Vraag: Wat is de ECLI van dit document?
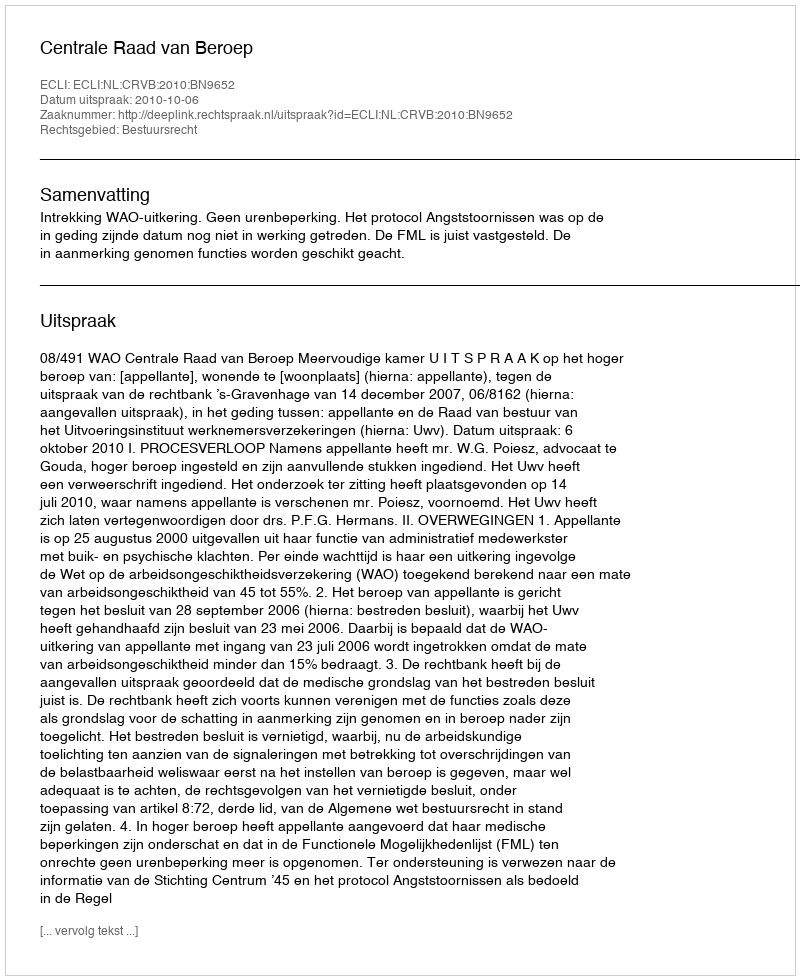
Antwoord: ECLI:NL:CRVB:2010:BN9652